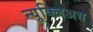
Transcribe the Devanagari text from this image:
न्यूक्लिअस